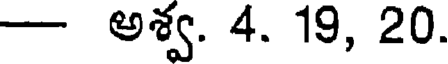
- అశ్వ. 4. 19, 20.